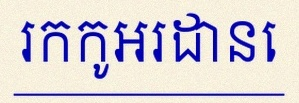
រកកូអរដោនេ